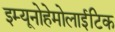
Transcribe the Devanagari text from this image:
इम्यूनोहेमोलाईटिक